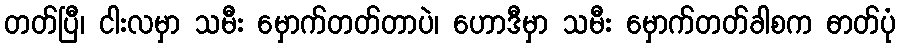
တတ်ပြီ၊ ငါးလမှာ သမီး မှောက်တတ်တာပဲ၊ ဟောဒီမှာ သမီး မှောက်တတ်ခါစက ဓာတ်ပုံ